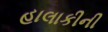
હાલાકીની